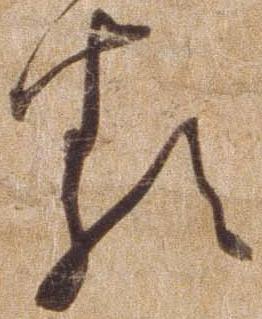
る